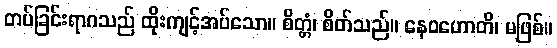
တပ်ခြင်းရာဂသည် ထိုးကျင့်အပ်သော။ စိတ္တံ၊ စိတ်သည်။ နေဝဟောတိ၊ မဖြစ်။